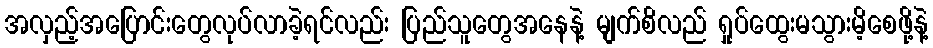
အလှည့်အပြောင်းတွေလုပ်လာခဲ့ရင်လည်း ပြည်သူတွေအနေနဲ့ မျက်စိလည် ရှုပ်ထွေးမသွားမိ့စေဖို့နဲ့